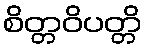
စိတ္တဝိပတ္တိ